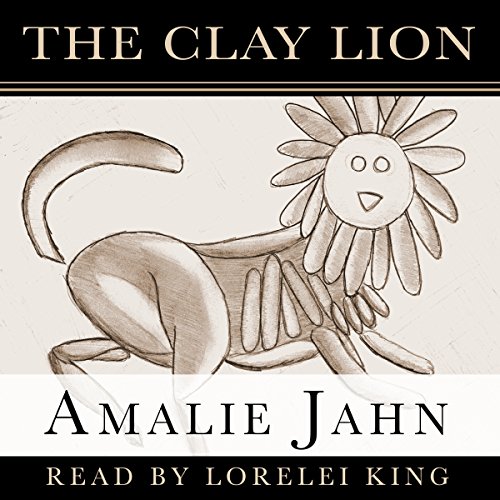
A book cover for The Clay Lion; Amalie Jahn; Romance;